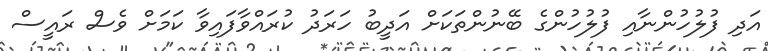
އަދި ފުލުހުންނާއި ފުލުހުންގެ ބޭނުންތަކަށް އަދީބު ހަރަދު ކުރައްވާފައިވާ ކަމަށް ވެސް ރައީސް